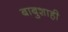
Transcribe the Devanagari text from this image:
बाबुशाही